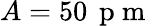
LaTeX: A=50\, \mathrm{~p~m~}